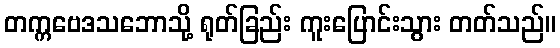
တက္ကဗေဒသဘောသို့ ရုတ်ခြည်း ကူးပြောင်းသွား တတ်သည်။